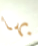
بها